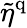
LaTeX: \tilde{\eta}^{\mathrm{q}}